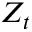
Z _ { t }